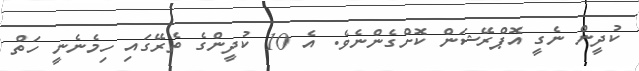
ކުދީން ނެގީ އޮޕްރޭޝަން ކޮށްގެންނެވެ. އެ 10 ކުދީންގެ ތެރޭގައި ހިމެނެނީ ހަތް